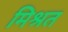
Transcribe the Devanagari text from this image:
मिश्रत